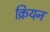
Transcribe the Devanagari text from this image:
क्रियन